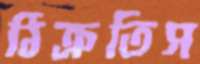
ঠিক্‌রতিস